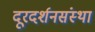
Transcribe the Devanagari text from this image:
दूरदर्शनसंस्था